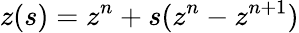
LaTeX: z(s)=z^{n}+s(z^{n}-z^{n+1})